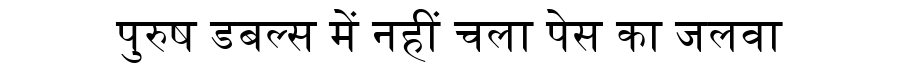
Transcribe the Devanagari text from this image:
पुरुष डबल्स में नहीं चला पेस का जलवा